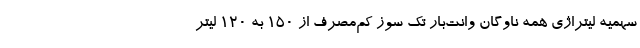
سهمیه لیتراژی همه ناوگان وانت‌بار تک‌ سوز کم‌مصرف از ۱۵۰ به ۱۲۰ لیتر